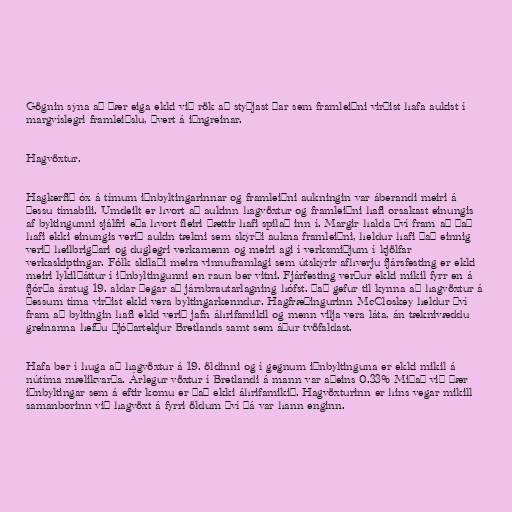
Gögnin sýna að þær eiga ekki við rök að styðjast þar sem framleiðni virðist hafa aukist í
margvíslegri framleiðslu, þvert á iðngreinar.

Hagvöxtur.

Hagkerfið óx á tímum iðnbyltingarinnar og framleiðni aukningin var áberandi meiri á
þessu tímabili. Umdeilt er hvort að aukinn hagvöxtur og framleiðni hafi orsakast einungis
af byltingunni sjálfri eða hvort fleiri þættir hafi spilað inn í. Margir halda því fram að það
hafi ekki einungis verið aukin tækni sem skýrði aukna framleiðni, heldur hafi það einnig
verið heilbrigðari og duglegri verkamenn og meiri agi í verksmiðjum í kjölfar
verkaskiptingar. Fólk skilaði meira vinnuframlagi sem útskýrir afhverju fjársfesting er ekki
meiri lykilþáttur í iðnbyltingunni en raun ber vitni. Fjárfesting verður ekki mikil fyrr en á
fjórða áratug 19. aldar þegar að járnbrautarlagning hófst. Það gefur til kynna að hagvöxtur á
þessum tíma virðist ekki vera byltingarkenndur. Hagfræðingurinn McCloskey heldur því
fram að byltingin hafi ekki verið jafn áhrifamikil og menn vilja vera láta, án tæknivæddu
greinanna hefðu þjóðartekjur Bretlands samt sem áður tvöfaldast.

Hafa ber í huga að hagvöxtur á 19. öldinni og í gegnum iðnbyltinguna er ekki mikil á
nútíma mælikvarða. Árlegur vöxtur í Bretlandi á mann var aðeins 0.33% Miðað við þær
iðnbyltingar sem á eftir komu er það ekki áhrifamikið. Hagvöxturinn er hins vegar mikill
samanborinn við hagvöxt á fyrri öldum því þá var hann enginn.